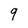
Character: 9